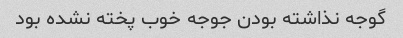
گوجه نذاشته بودن جوجه خوب پخته نشده بود